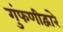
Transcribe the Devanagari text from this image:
गुंफणीद्वारे